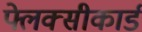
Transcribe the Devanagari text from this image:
फ्लेक्सीकार्ड